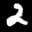
Label: 2